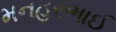
મનહરભાઈ